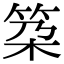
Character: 𥬸